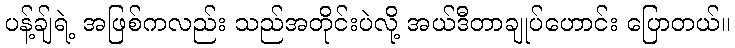
ပန့်ချ်ရဲ့ အဖြစ်ကလည်း သည်အတိုင်းပဲလို့ အယ်ဒီတာချုပ်ဟောင်း ပြောတယ်။